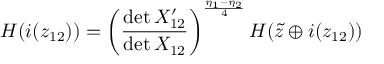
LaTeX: H ( i ( z _ { 1 2 } ) ) = \left( \frac { \operatorname * { d e t } { \cal X } _ { 1 2 } ^ { \prime } } { \operatorname * { d e t } { \cal X } _ { 1 2 } } \right) ^ { \frac { \eta _ { 1 } - \eta _ { 2 } } { 4 } } H ( \tilde { z } \oplus i ( z _ { 1 2 } ) )